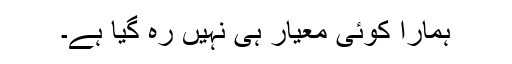
ہمارا کوئی معیار ہی نہیں رہ گیا ہے۔